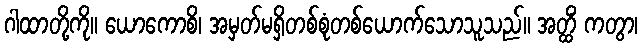
ဂါထာတို့ကို။ ယောကောစိ၊ အမှတ်မရှိတစ်စုံတစ်ယောက်သောသူသည်။ အတ္ထိံ ကတွာ၊